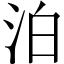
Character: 泊